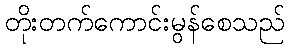
တိုးတက်ကောင်းမွန်စေသည်